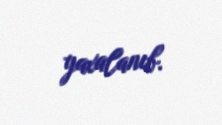
yaxalanıb.